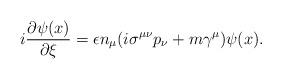
LaTeX: \begin{align*}i\frac{\partial \psi (x)}{\partial \xi }=\epsilon n_\mu (i\sigma ^{\mu \nu}p_\nu +m\gamma ^\mu )\psi (x). \end{align*}